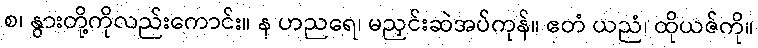
စ၊ နွားတို့ကိုလည်းကောင်း။ န ဟညရေ၊ မညှင်းဆဲအပ်ကုန်။ ဧတံ ယညံ၊ ထိုယဇ်ကို။